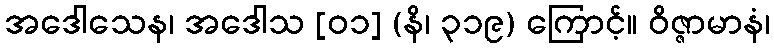
အဒေါသေန၊ အဒေါသ [၀၁] (နိ၊ ၃၁၉) ကြောင့်။ ဝိဇ္ဇာမာနံ၊